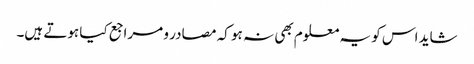
شاید اس کو یہ معلوم بھی نہ ہو کہ مصادر و مراجع کیا ہوتے ہیں۔